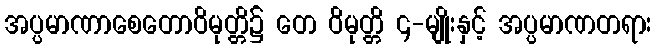
အပ္ပမာဏာစေတောဝိမုတ္တိ၌ တေ ဝိမုတ္တိ ၄-မျိုးနှင့် အပ္ပမာဏတရား